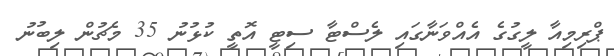
ޕްރިމިއާ ލީގުގެ އެއްވަނާގައި ލެސްޓާ ސިޓީ އޮތީ ކުޅުނު 35 މެޗުން ލިބުނު